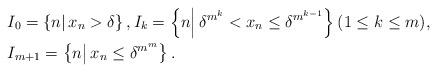
LaTeX: \begin{align*} & I_0 = \left\{n \middle|\, x_n >\delta\right\}, I_k = \left\{n \middle|\, \delta^{m^k} < x_n \leq \delta^{m^{k-1}}\right\} (1\leq k \leq m), \\ & I_{m+1} = \left\{n \middle|\, x_n \leq \delta^{m^m}\right\}.\end{align*}